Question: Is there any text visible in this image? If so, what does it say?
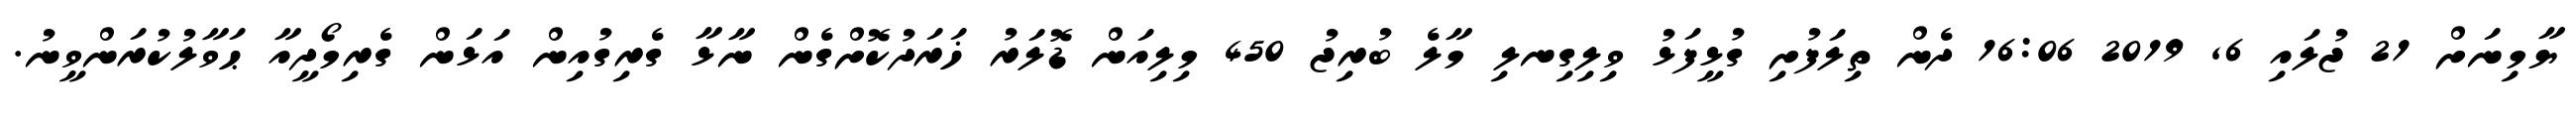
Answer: ޔާމިނަށް 21 ޖުލައި 6, 2019 16:06 ދެން ތިލަފުށި ގުޅީފަޅު ވިލިގިނލި މާލެ ބުރިޖު 450 މިލިއަން ޑޮލަރު ޚަރަދުކޮށްގެން ނާޅާ ގެރިގުއިން އަޅަން ގެރިމޯދީއާ ޙަވާލުކުރަންވީނު.